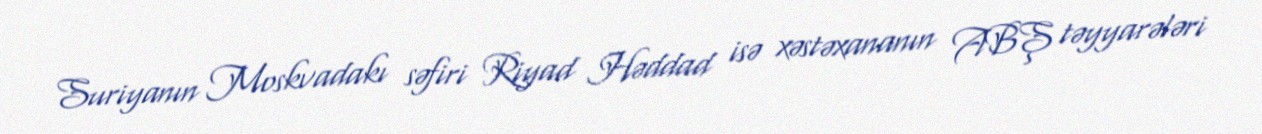
Suriyanın Moskvadakı səfiri Riyad Həddad isə xəstəxananın ABŞ təyyarələri